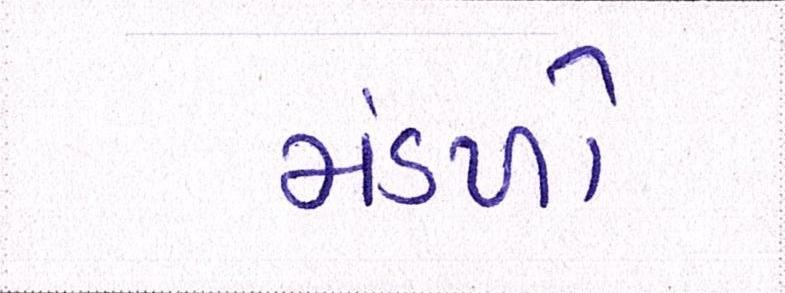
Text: મંડળો